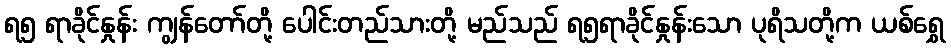
ရ၅ ရာခိုင်နှုန်း ကျွန်တော်တို့ ပေါင်းတည်သားတို့ မည်သည် ရ၅ရာခိုင်နှုန်းသော ပုရိသတို့က ယစ်ရွှေ